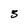
Character: S